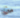
من